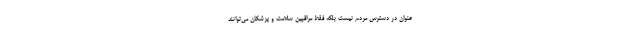
عنوان در دسترس مردم نیست بلکه فقط مراقبین سلامت و پزشکان می‌توانند